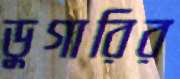
ডুগারির